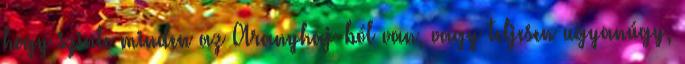
hogy szinte minden az Aranyhaj-ból van, vagy teljesen ugyanúgy,